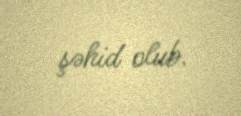
şəhid olub.